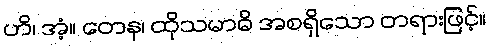
ဟိ၊ အံ့။ တေန၊ ထိုသမာဓိ အစရှိသော တရားဖြင့်။